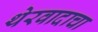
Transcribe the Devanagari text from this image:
थेरवादाचा